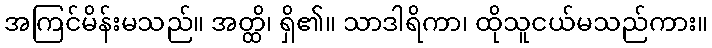
အကြင်မိန်းမသည်။ အတ္ထိ၊ ရှိ၏။ သာဒါရိကာ၊ ထိုသူငယ်မသည်ကား။